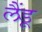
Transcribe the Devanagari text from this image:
लैंडू